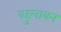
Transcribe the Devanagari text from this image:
वहुलाबन